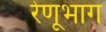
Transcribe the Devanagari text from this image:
रेणूभाग